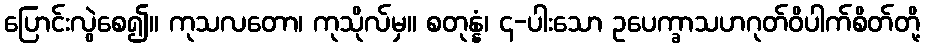
ပြောင်းလွဲစေ၍။ ကုသလတော၊ ကုသိုလ်မှ။ စတုန္နံ၊ ၄-ပါးသော ဥပေက္ခာသဟဂုတ်ဝိပါက်စိတ်တို့